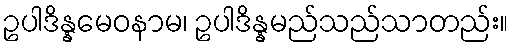
ဥပါဒိန္နမေဝနာမ၊ ဥပါဒိန္နမည်သည်သာတည်း။